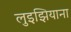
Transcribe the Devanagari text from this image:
लुइझियाना